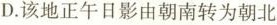
D.该地正午日影由朝南转为朝北